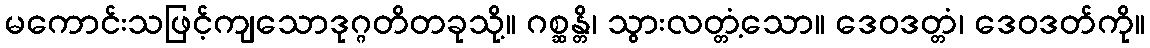
မကောင်းသဖြင့်ကျသောဒုဂ္ဂတိတခုသို့။ ဂစ္ဆန္တိ၊ သွားလတ္တံ့သော။ ဒေဝဒတ္တံ၊ ဒေဝဒတ်ကို။